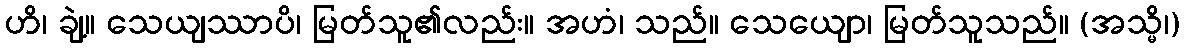
ဟိ၊ ချဲ့။ သေယျဿာပိ၊ မြတ်သူ၏လည်း။ အဟံ၊ သည်။ သေယျော၊ မြတ်သူသည်။ (အသ္မိ၊)